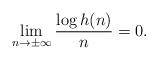
LaTeX: \begin{align*} \lim_{n\to\pm \infty} \frac{\log h(n)}{n} = 0.\end{align*}